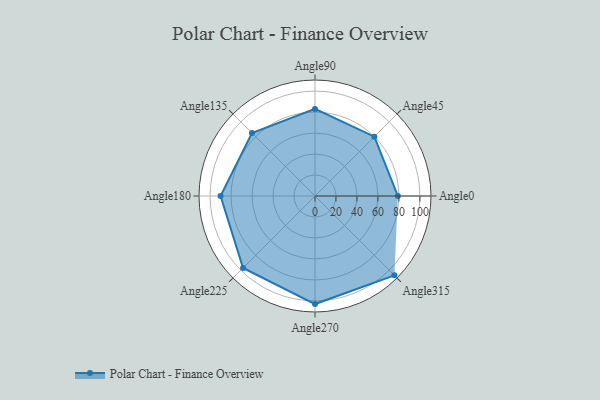
{"axis": {"x": "Angle", "y": "Radius"}, "legend": [""], "data": [{"x": "Angle0", "y": 79.0, "type": ""}, {"x": "Angle45", "y": 80.0, "type": ""}, {"x": "Angle90", "y": 83.0, "type": ""}, {"x": "Angle135", "y": 85.0, "type": ""}, {"x": "Angle180", "y": 90.0, "type": ""}, {"x": "Angle225", "y": 97.0, "type": ""}, {"x": "Angle270", "y": 103.0, "type": ""}, {"x": "Angle315", "y": 107.0, "type": ""}]}